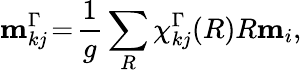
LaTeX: {\mathbf m}_{kj}^{\Gamma}\! =\! \frac{1}{g}\sum_{R}\chi_{kj}^{\Gamma}(R)R{\mathbf m}_{i},